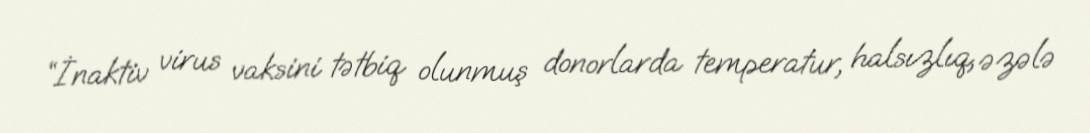
“İnaktiv virus vaksini tətbiq olunmuş donorlarda temperatur, halsızlıq, əzələ